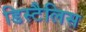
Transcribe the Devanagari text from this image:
डिस्टैलिस